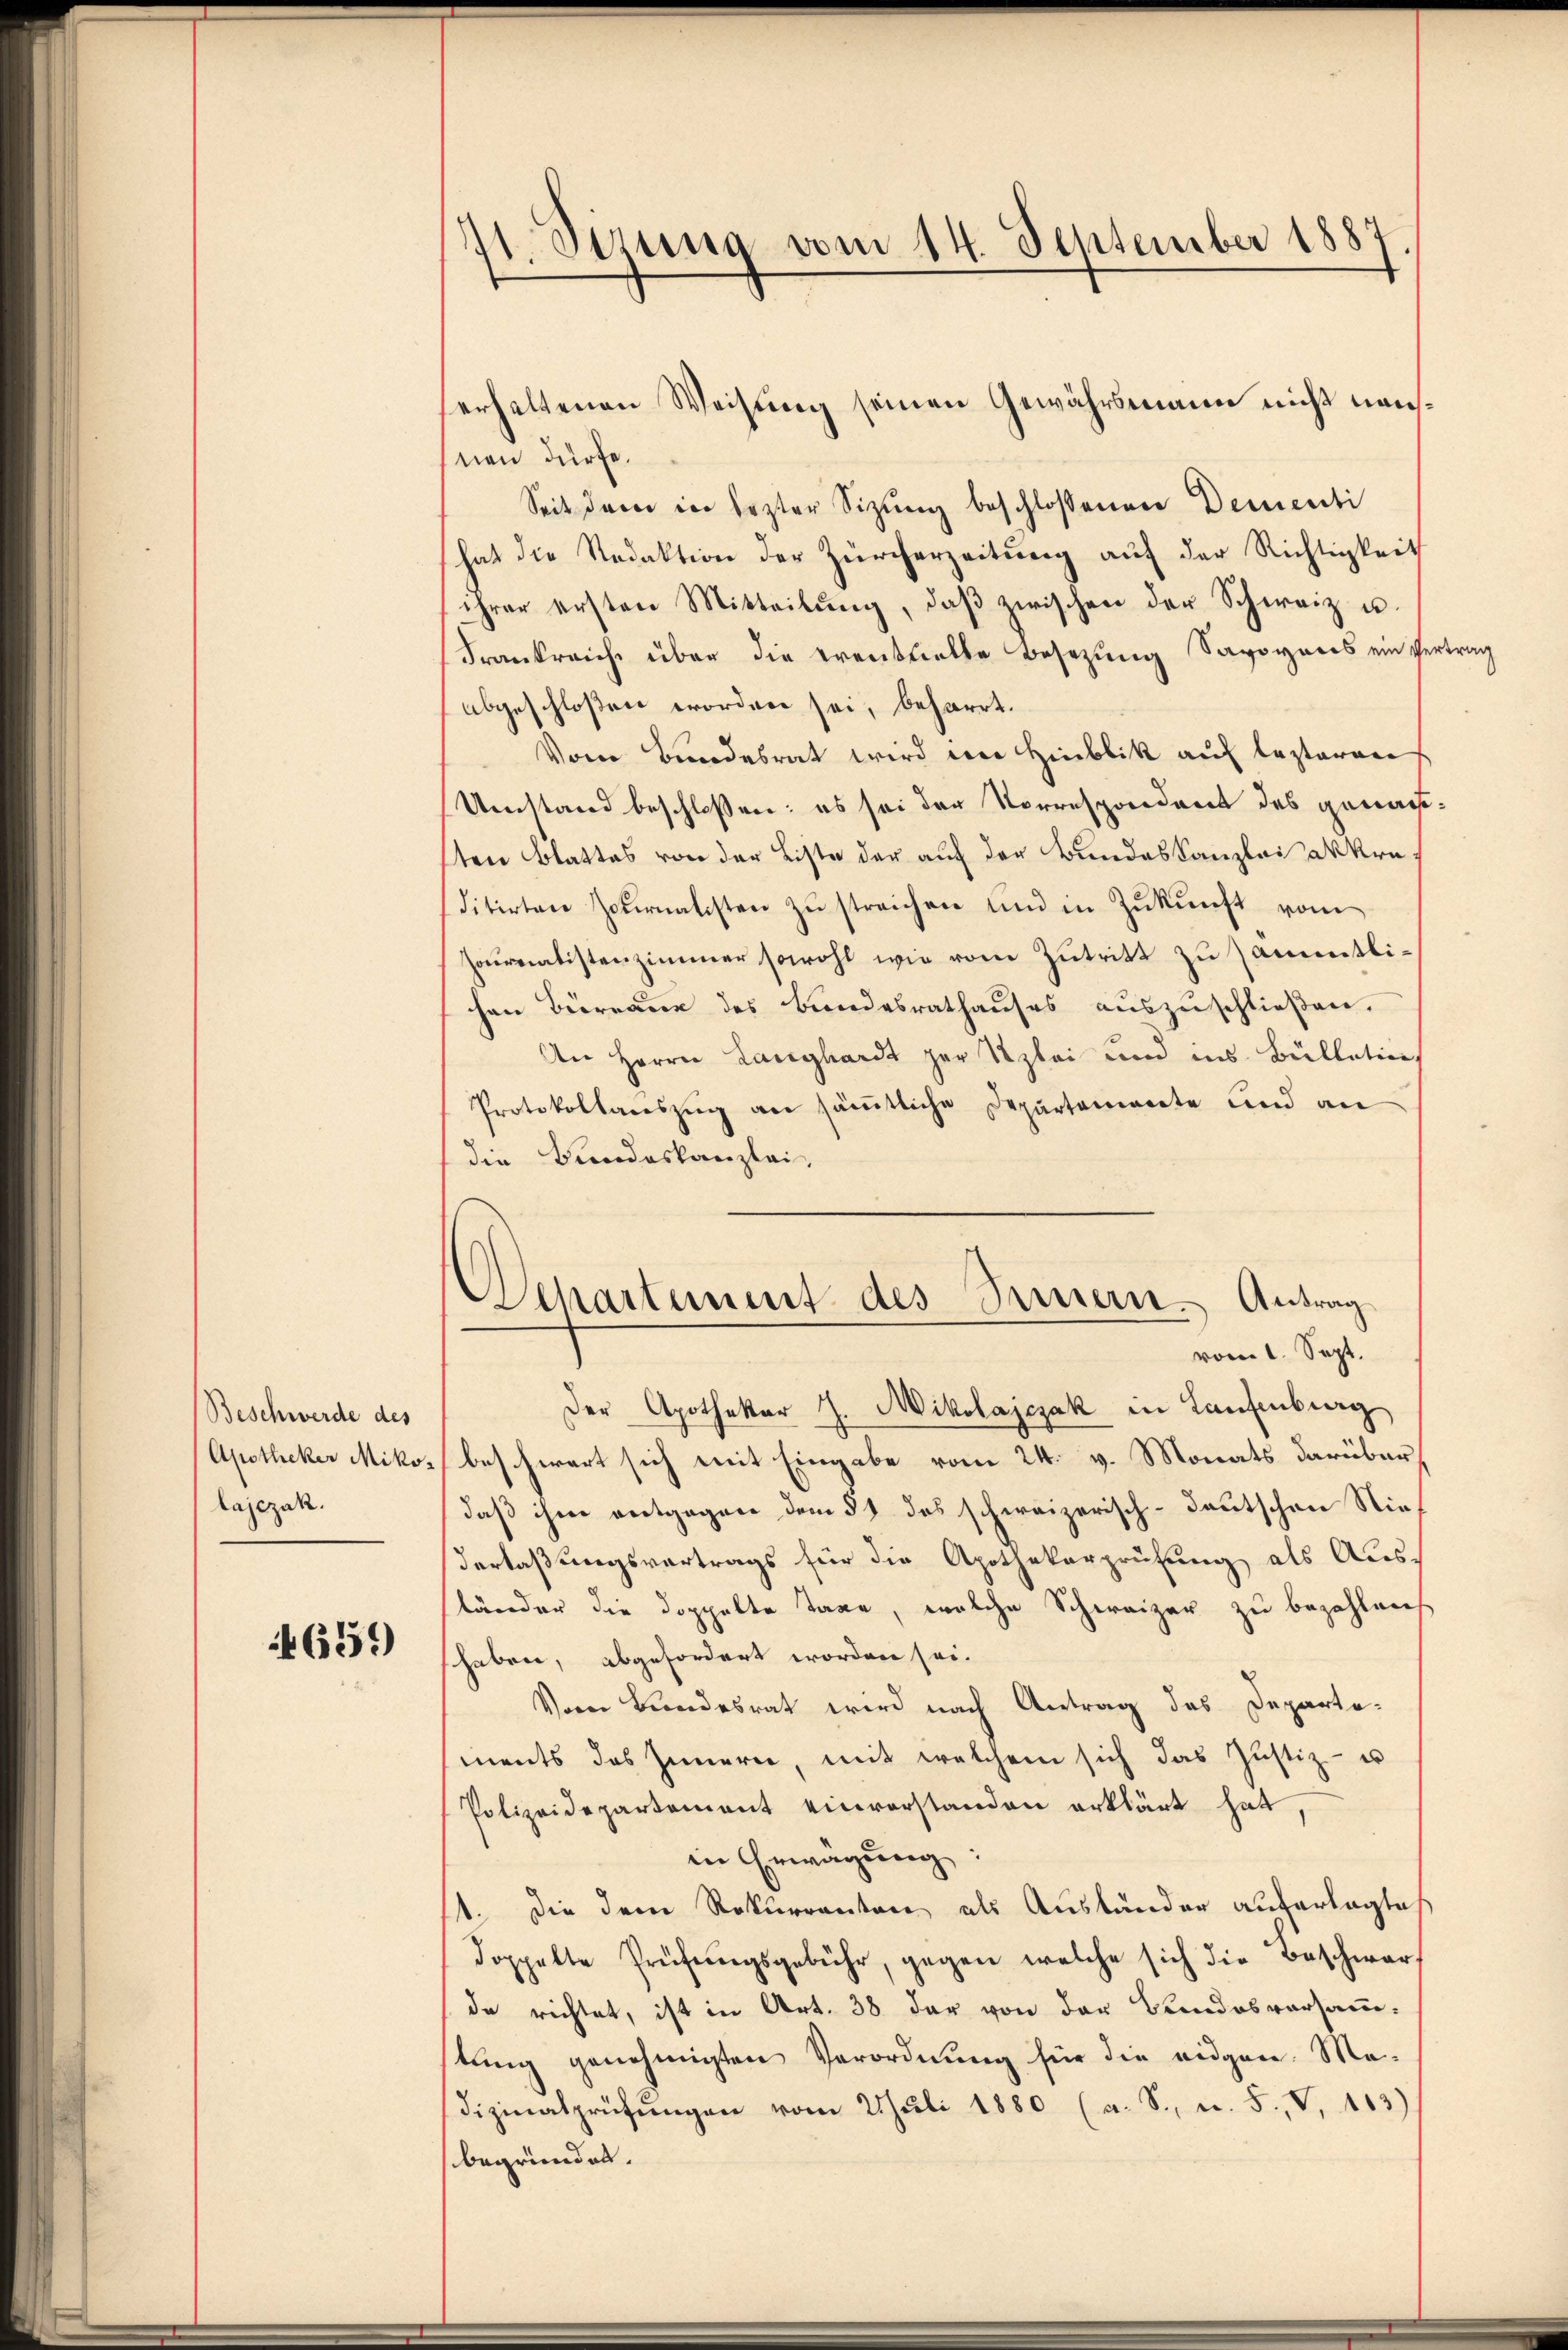
Beschwerde des
Apotheker Mikos
lajezak.

659

71. Sizung vom 14. September 1887

erhaltenen Weisung seinen Gewährsmann nicht neunen dürfe.
Seit der in lezter Sitzŭng beschlossenen Dementi
hat die Redaktion der Zürcherzeitŭng aŭf der Richtigkeit
ihrer ersten Mitteilŭng, daβ zwischen der Schweiz u.
Frankreich über die eventuelle Besetzung Savoyens ein Vertrag
abgeschloßen worden sei, beharrt.
Vom Bundesrat wird ein Hinblik auf lezterer
Umstand beschlossen: es sei der Vorrespondent des gemachsten Blattes von der Liste der auf der Bundeskanzlei an Kreditirten Zornatisten zŭ streichen und in Zŭkŭnft vom
Journalistenzimmer sowohl wie vom Zutritt zu sämmtlihen Büreaue des Bundesrathauses auszuschließen.
An Herrn Langhardt zur Szlei und ins Bullatin
Protokollaceszŭg an sämtliche Departemente und an
die Bundeskanzlei,
Separtement des Sinnern. Antrag
vom 1. Sept.
Der Apothekar J. Mikolajejak in Laufenburg
beschwert sich mit Eingabe vom 24. v. Monats darüber,
daß ihm entgegen dem 51 des schweizerisch-deutschen Niederlaßungsvertrags für die Apothekarprüfung als Aus-
ständer die doppelte Tage, welche Schweizer zu bezahlenes
shaben, abgefordert worden sei.
Vom Bundesrat wird nach Antrag des Departements das Innern, mit welchem sich das Justiz- u
Polizeidepartement einvorstanden erklärt hat,
in Erwägung:
1. Die dem Rekurrenten als Ausländer auferlegte
doppelte Prüfŭngsgebühr, gegen welche sich die Beschwar
de richtet, ist in Art. 38 der von der Bundesversammtung genehmigten Verordnung für die eidgen. Ma-
dizinalprüfŭngen vom 2 Juli 1880 (a. S., n. F. V. 103)
begründet.